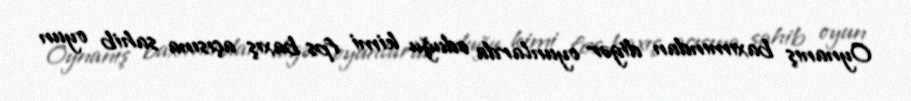
Oynanış baxımından digər oyunlarda oduğu kimi fps baxış açısına sahib oyun